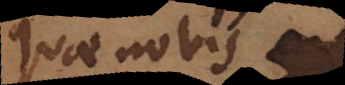
quae nobis